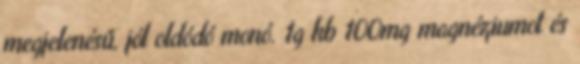
megjelenésű, jól oldódó monó. 1g kb 100mg magnéziumot és